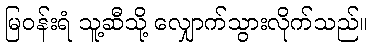
မြဝန်းရံ သူ့ဆီသို့ လျှောက်သွားလိုက်သည်။